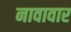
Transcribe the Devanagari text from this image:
नावावार